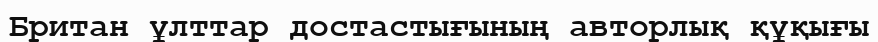
Британ ұлттар достастығының авторлық құқығы